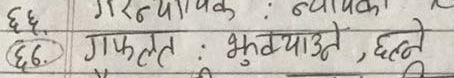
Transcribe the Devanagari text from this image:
६६. गफलत : भुगुर्याउते, छल्ने